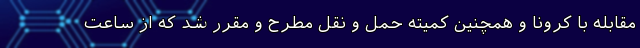
مقابله با کرونا و همچنین کمیته حمل و نقل مطرح و مقرر شد که از ساعت